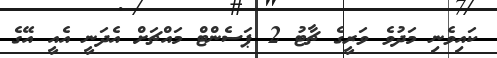
ކައިވެނި މަދުވެ ވަރީގެ ޗާޓު 2 ޕަސެންޓް މައްޗަށް އެދަނީ އެއީ އޭގެ